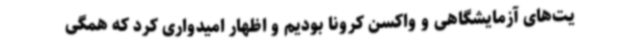
یت‌های آزمایشگاهی و واکسن کرونا بودیم و اظهار امیدواری کرد که همگی